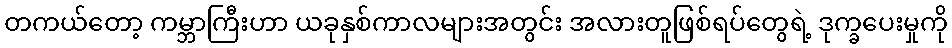
တကယ်တော့ ကမ္ဘာကြီးဟာ ယခုနှစ်ကာလများအတွင်း အလားတူဖြစ်ရပ်တွေရဲ့ ဒုက္ခပေးမှုကို